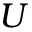
U